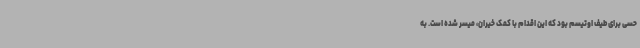
حسی برای طیف اوتیسم بود که این اقدام با کمک خیران، میسر شده است. به